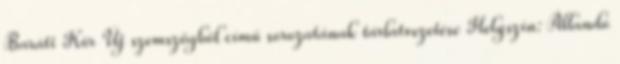
Baráti Kör Új szemszögből című sorozatának tárlatvezetése Helyszín: Állandó